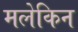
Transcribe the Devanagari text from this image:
मलेकिन